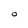
Character: O